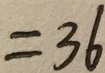
= 3 6